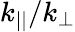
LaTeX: k_{||}/k_{\perp}